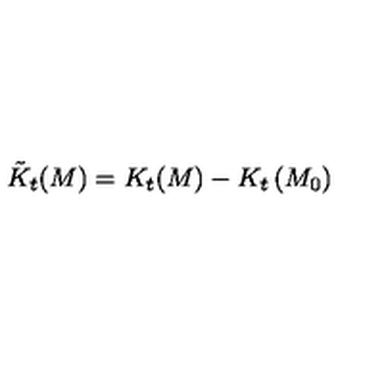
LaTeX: \tilde { K } _ { t } ( M ) = K _ { t } ( M ) - K _ { t } \left( M _ { 0 } \right)